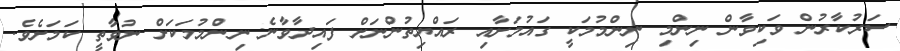
ސަރުކާރުން ވަކިވާން ނިންމި ނިންމުމަކީ ގައުމަށާއި ރައްޔިތުންނަށް ފައިދާވާނެ ނިންމުމަކަށް ނުވާތީ ކަމަށެވެ.